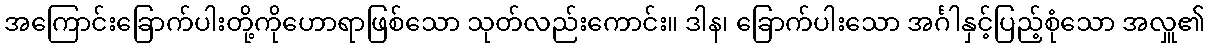
အကြောင်းခြောက်ပါးတို့ကိုဟောရာဖြစ်သော သုတ်လည်းကောင်း။ ဒါန၊ ခြောက်ပါးသော အင်္ဂါနှင့်ပြည့်စုံသော အလှူ၏